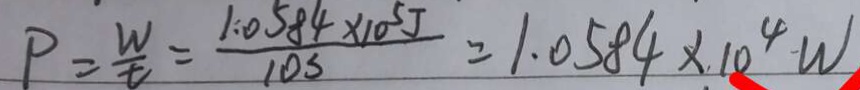
P = \frac { 1 . 0 5 8 4 \times 1 0 ^ { 5 } J } { t } = 1 . 0 5 8 4 \times 1 0 ^ { 4 } W